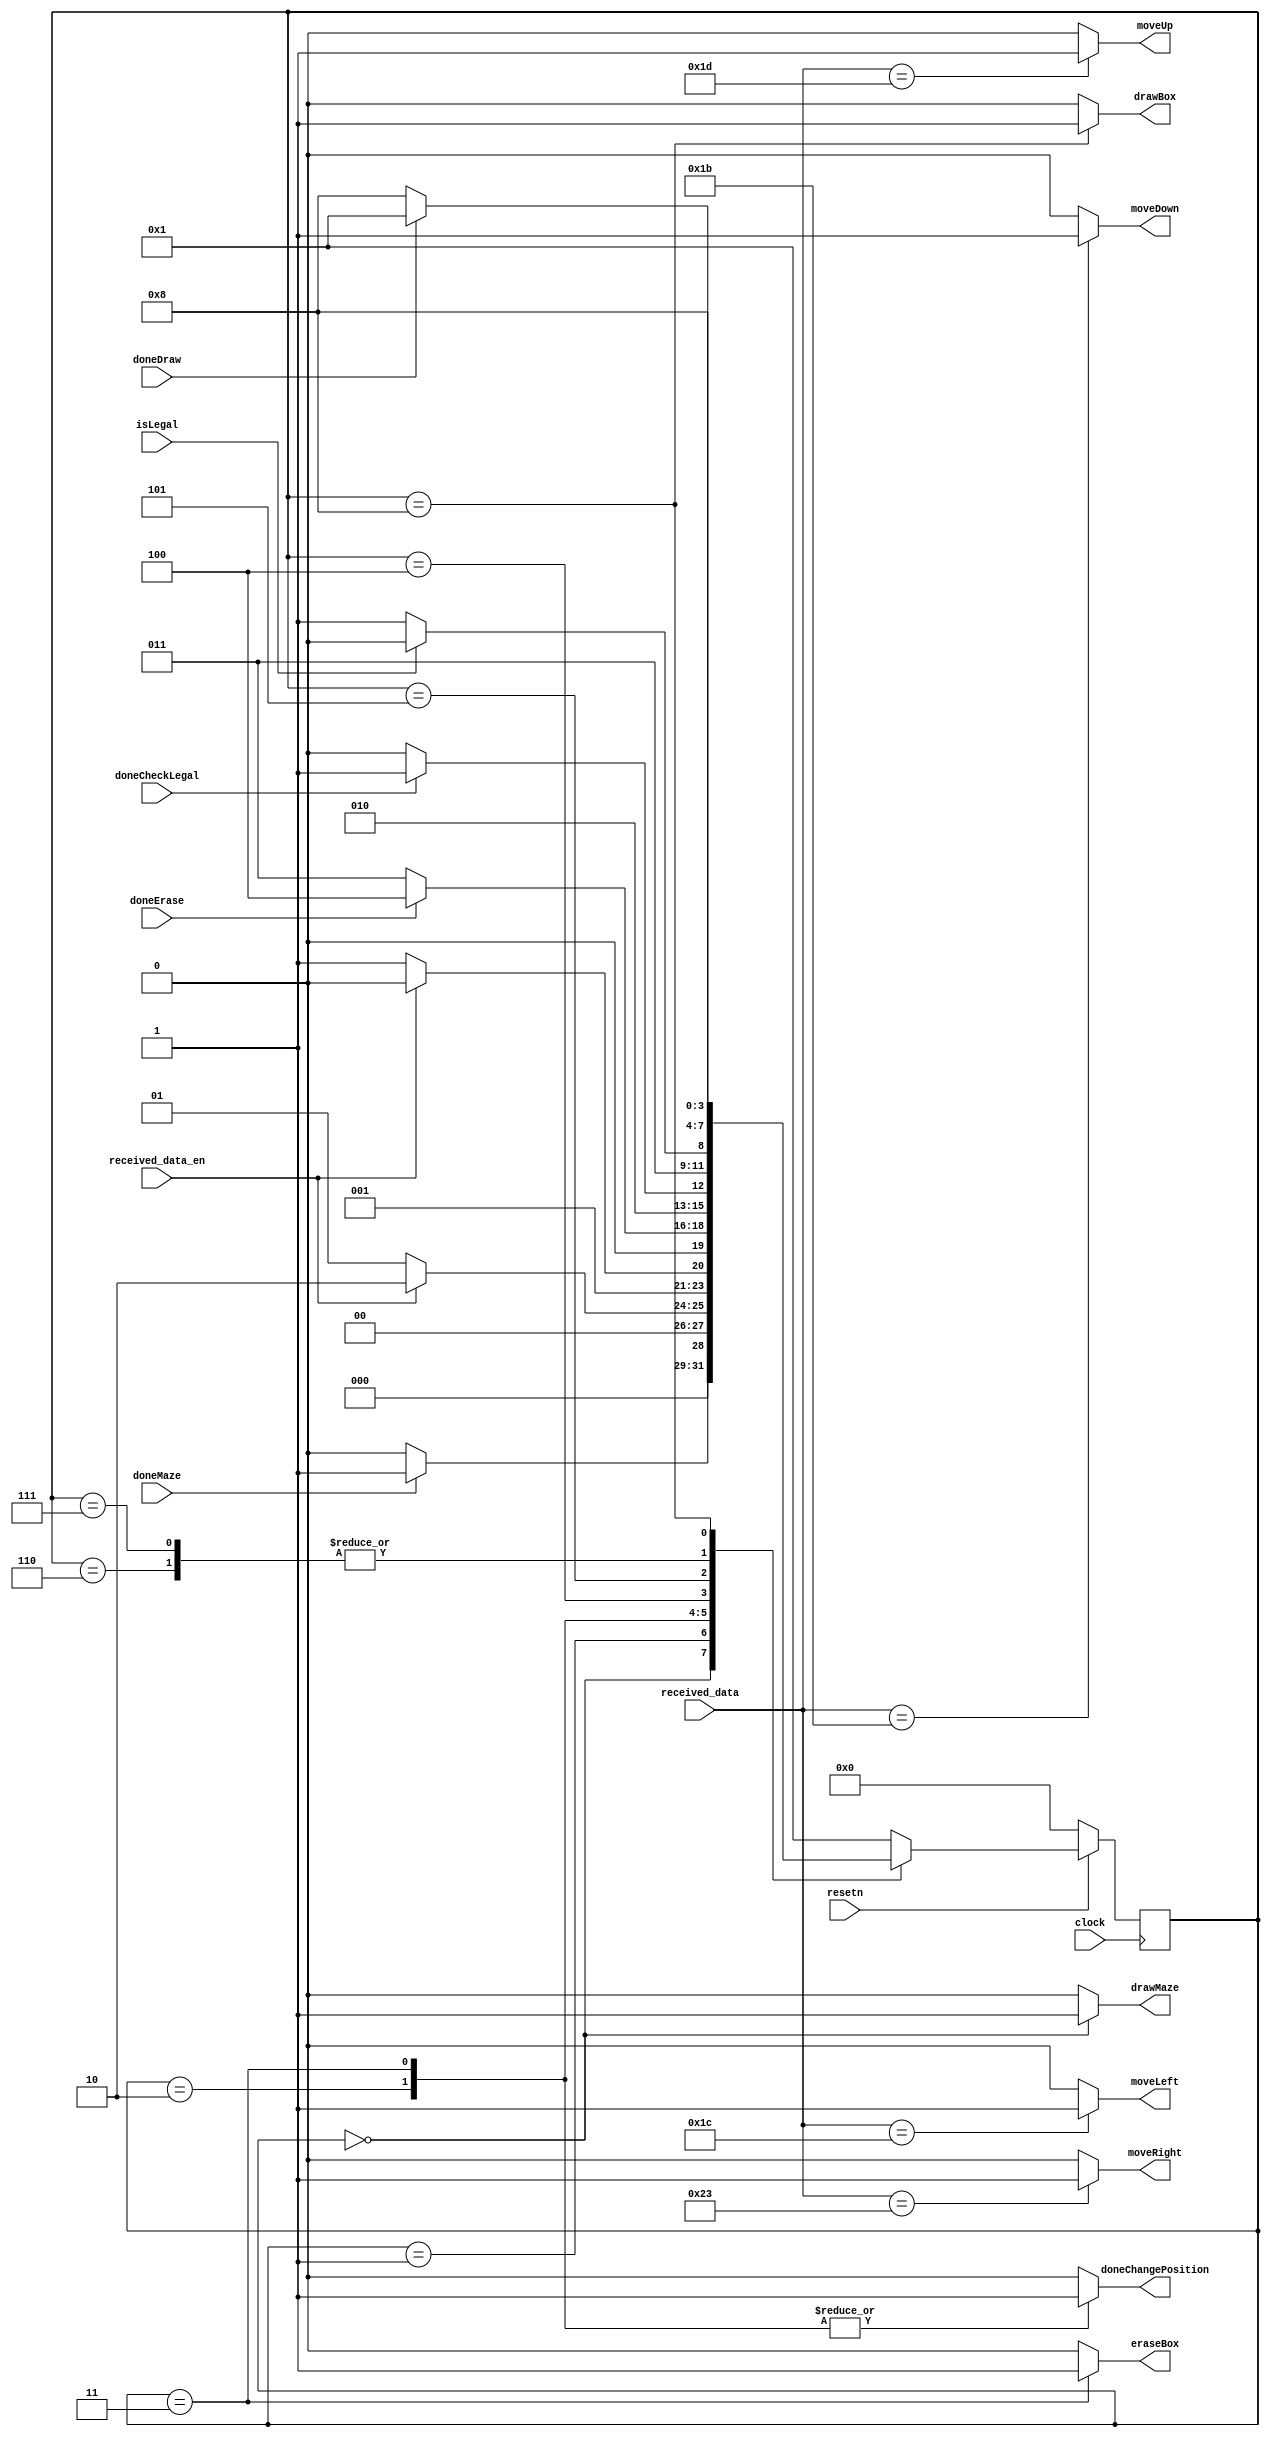
module positionControl(
	input clock,
	input resetn,
	input received_data_en,
	input [7:0] received_data,
	input doneCheckLegal,
	input isLegal,
	input doneMaze,
	input doneDraw,
	input doneErase,
	output reg moveUp,
	output reg moveDown,
	output reg moveLeft,
	output reg moveRight,
	output reg drawBox,
	output reg eraseBox,
	output reg drawMaze,
	output reg doneChangePosition
	);
	
	reg [3:0] currentState, nextState;
	
	localparam  DRAW_MAZE 				= 4'd0,
					IDLE 						= 4'd1,
					LOAD_DIRECTION 		= 4'd2,
					DELETE_OLD 				= 4'd3,
					CHANGE_POSITION 		= 4'd4,
					MODIFICATIONS 			= 4'd5,
					CHANGE_CURRENT 		= 4'd6,
					DONT_CHANGE_CURRENT 	= 4'd7,
					DRAW_NEW 				= 4'd8;
				
	//next state logic
	always @ (*)
	begin: state_table
		case(currentState)
			DRAW_MAZE:				nextState = doneMaze ? IDLE : DRAW_MAZE;
			IDLE: 					nextState = received_data_en ? LOAD_DIRECTION : IDLE;
			LOAD_DIRECTION: 		nextState = received_data_en ? LOAD_DIRECTION : DELETE_OLD;
			DELETE_OLD: 			nextState = doneErase ? CHANGE_POSITION : DELETE_OLD;
			CHANGE_POSITION: 		nextState = doneCheckLegal ? MODIFICATIONS : CHANGE_POSITION;
			MODIFICATIONS: 		nextState = isLegal ? CHANGE_CURRENT : DONT_CHANGE_CURRENT;
			CHANGE_CURRENT: 		nextState = DRAW_NEW;
			DONT_CHANGE_CURRENT: nextState = DRAW_NEW;
			DRAW_NEW: 				nextState = doneDraw ? IDLE : DRAW_NEW;
			default: 				nextState = IDLE;
		endcase
	end
	
	always @ (*)
	begin: isDoneChangingPosition
		doneChangePosition = 1'b0;
		drawBox = 1'b0;
		eraseBox = 1'b0;
		drawMaze = 1'b0;
		
		case(currentState)
			DRAW_MAZE: drawMaze = 1'b1;
			
			IDLE: doneChangePosition = 1'b0;
			
			LOAD_DIRECTION: doneChangePosition = 1'b1;
			
			DELETE_OLD: begin
				eraseBox = 1'b1;
				doneChangePosition = 1'b1;
			end
			
			CHANGE_POSITION: doneChangePosition = 1'b0;
			
			MODIFICATIONS: doneChangePosition = 1'b0;

			DRAW_NEW: drawBox = 1'b1;
		
		endcase
	end
	
	localparam  W = 8'h1d; //move up
	localparam	A = 8'h1c; //move left
	localparam	S = 8'h1b; //move down
	localparam	D = 8'h23; //move right
				
	//determine if key pressed corresponds to moving up/down/left/right
	always @ (*)
	begin: directionOfMovement
	
		moveUp = 1'b0;
		moveDown = 1'b0;
		moveRight = 1'b0;
		moveLeft = 1'b0;
		
		case(received_data)
			A: moveLeft = 1'b1;
			
			D: moveRight = 1'b1;
			
			W: moveUp = 1'b1;
			
			S: moveDown = 1'b1;
			//don't need default since variables are already initialized at the top of the case statement
			default: begin
				moveUp = 1'b0;
				moveDown = 1'b0;
				moveRight = 1'b0;
				moveLeft = 1'b0;
			end
			
		endcase
	end
	
	//current state registers
	always @ (posedge clock)
	begin: state_FFs
		if(!resetn)
			currentState <= DRAW_MAZE;
		else
			currentState <= nextState;
	end

endmodule